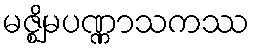
မဇ္ဈိမပဏ္ဏာသကဿ